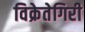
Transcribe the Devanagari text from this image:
विक्रेतेगिरी